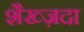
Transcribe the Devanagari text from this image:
शैख्ज़दा